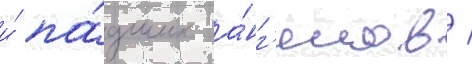
и́ па́дших а́нг'елов /